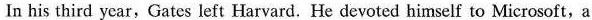
In his third year,Gates left Harvard. He devoted himself to Microsoft, a